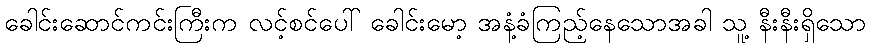
ခေါင်းဆောင်ကင်းကြီးက လင့်စင်ပေါ် ခေါင်းမော့ အနံ့ခံကြည့်နေသောအခါ သူ့ နီးနီးရှိသော